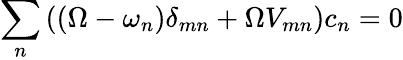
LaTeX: \sum_{n}\left((\Omega-\omega_{n})\delta_{mn}+\Omega V_{mn}\right)c_{n}=0